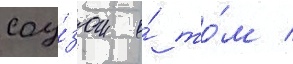
соу́зом о́ то́м /